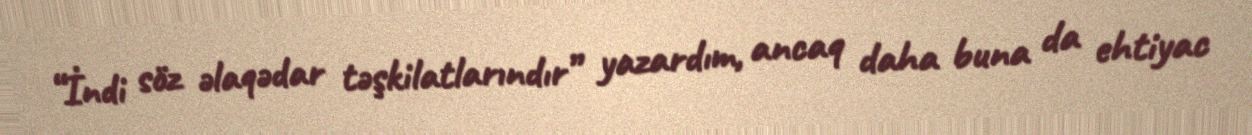
“İndi söz əlaqədar təşkilatlarındır” yazardım, ancaq daha buna da ehtiyac